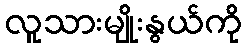
လူသားမျိုးနွယ်ကို